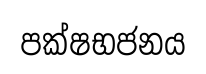
පක්ෂභජනය